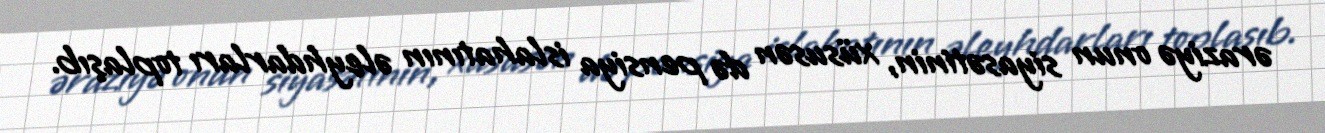
əraziyə onun siyasətinin, xüsusən də pensiya islahatının əleyhdarları toplaşıb.